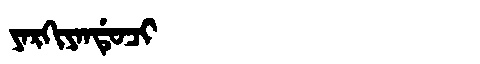
Manchu: ᠶᠠᡵᡴᡳᠶᠠᠨᡩᡠᠴᡳ
Romanization: YARKIYANDUCI